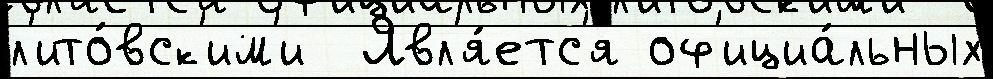
л'ито́вск'им'и  Явл'я́етс'я оф'ициа́льных